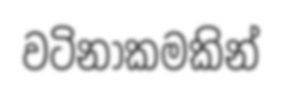
වටිනාකමකින්